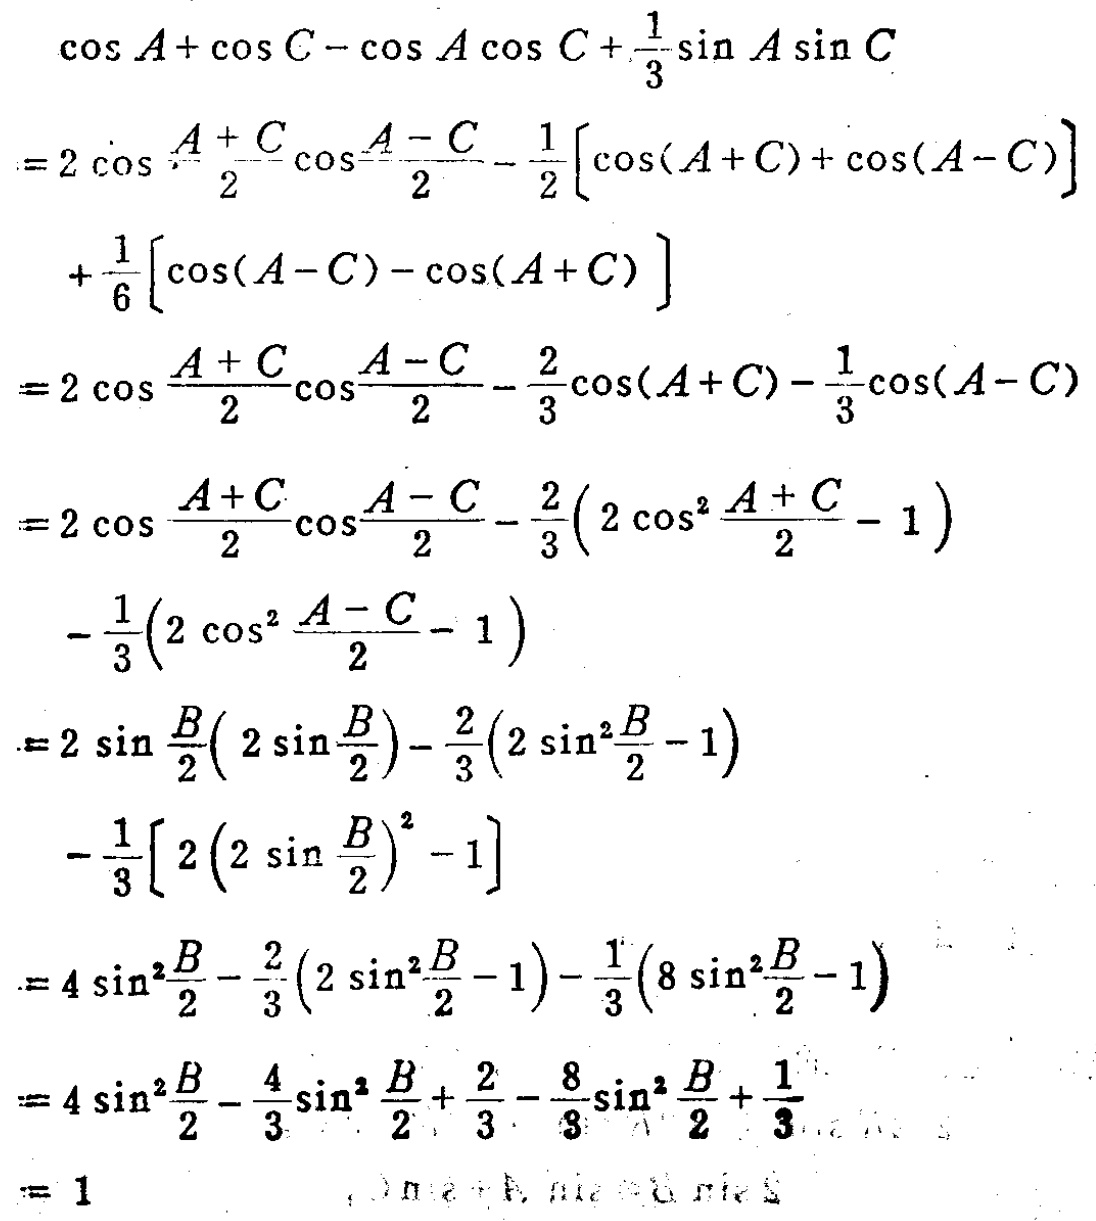
\begin{align*}
&\cos A+\cos C-\cos A\cos C+\frac{1}{3}\sin A\sin C\\
=&2\cos\frac{A + C}{2}\cos\frac{A - C}{2}-\frac{1}{2}[\cos(A + C)+\cos(A - C)]\\
&+\frac{1}{6}[\cos(A - C)-\cos(A + C)]\\
=&2\cos\frac{A + C}{2}\cos\frac{A - C}{2}-\frac{2}{3}\cos(A + C)-\frac{1}{3}\cos(A - C)\\
=&2\cos\frac{A + C}{2}\cos\frac{A - C}{2}-\frac{2}{3}(2\cos^{2}\frac{A + C}{2}-1)\\
&-\frac{1}{3}(2\cos^{2}\frac{A - C}{2}-1)\\
=&2\sin\frac{B}{2}(2\sin\frac{B}{2})-\frac{2}{3}(2\sin^{2}\frac{B}{2}-1)\\
&-\frac{1}{3}[2(2\sin\frac{B}{2})^{2}-1]\\
=&4\sin^{2}\frac{B}{2}-\frac{2}{3}(2\sin^{2}\frac{B}{2}-1)-\frac{1}{3}(8\sin^{2}\frac{B}{2}-1)\\
=&4\sin^{2}\frac{B}{2}-\frac{4}{3}\sin^{2}\frac{B}{2}+\frac{2}{3}-\frac{8}{3}\sin^{2}\frac{B}{2}+\frac{1}{3}\\
=&1
\end{align*}